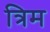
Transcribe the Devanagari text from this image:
त्रिम